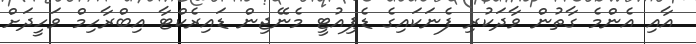
އާއި އެންމެ ގާތުން ވާދަކުރި ފެނަކައިގެ ޑެޕިއުޓީ މެނޭޖިން ޑައިރެކްޓާ އިބްރާހިމް ވަހީދަަށް